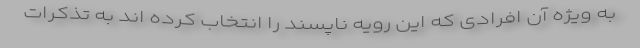
به ویژه آن افرادی که این رویه ناپسند را انتخاب کرد‌ه اند به تذکرات